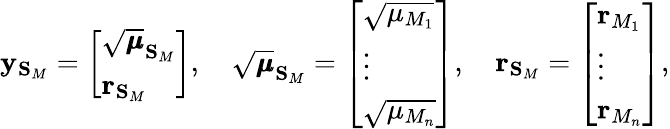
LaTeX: \mathbf{y}_{\mathbf{S}_{M}}=\left[\begin{array}{l}{\sqrt{\pmb{\mu}}_{\mathbf{S}_{M}}}\\ {\mathbf{r}_{\mathbf{S}_{M}}}\end{array}\right],\quad\sqrt{\pmb{\mu}}_{\mathbf{S}_{M}}=\left[\begin{array}{l}{\sqrt{\mu_{M_{1}}}}\\ {\vdots}\\ {\sqrt{\mu_{M_{n}}}}\end{array}\right],\quad\mathbf{r}_{\mathbf{S}_{M}}=\left[\begin{array}{l}{\mathbf{r}_{M_{1}}}\\ {\vdots}\\ {\mathbf{r}_{M_{n}}}\end{array}\right],